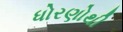
ધોરણોથી